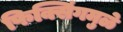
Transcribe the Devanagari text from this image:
फिक्सिंगमुळे